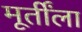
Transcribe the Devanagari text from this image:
मूर्तींला